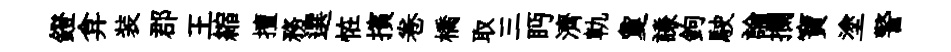
鐙弇装郡王縮擅務選恠擯卷橋取三眄濟軌夐謙鉤駛論攔寶塗警